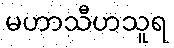
မဟာသီဟသူရ